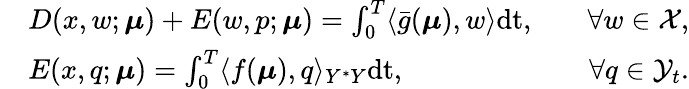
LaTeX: \begin{array}{rlr}&{D(x,w;\boldsymbol{\mu})+E(w,p;\boldsymbol{\mu})=\int_{0}^{T}\langle\bar{g}(\boldsymbol{\mu}),w\rangle\mathrm{dt},\quad}&{\forall w\in\mathcal{X},}\\ &{E(x,q;\boldsymbol{\mu})=\int_{0}^{T}\langle f(\boldsymbol{\mu}),q\rangle_{Y^{*}Y}\mathrm{dt},\quad}&{\forall q\in\mathcal{Y}_{t}.}\end{array}